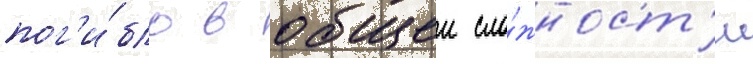
пог'и́бло в общеи сло́жност'и